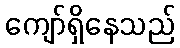
ကျော်ရှိနေသည်